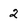
Character: 2